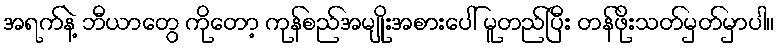
အရက်နဲ့ ဘီယာတွေ ကိုတော့ ကုန်စည်အမျိုးအစားပေါ် မူတည်ပြီး တန်ဖိုးသတ်မှတ်မှာပါ။